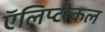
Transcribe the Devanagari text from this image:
ऍलिप्टीकल